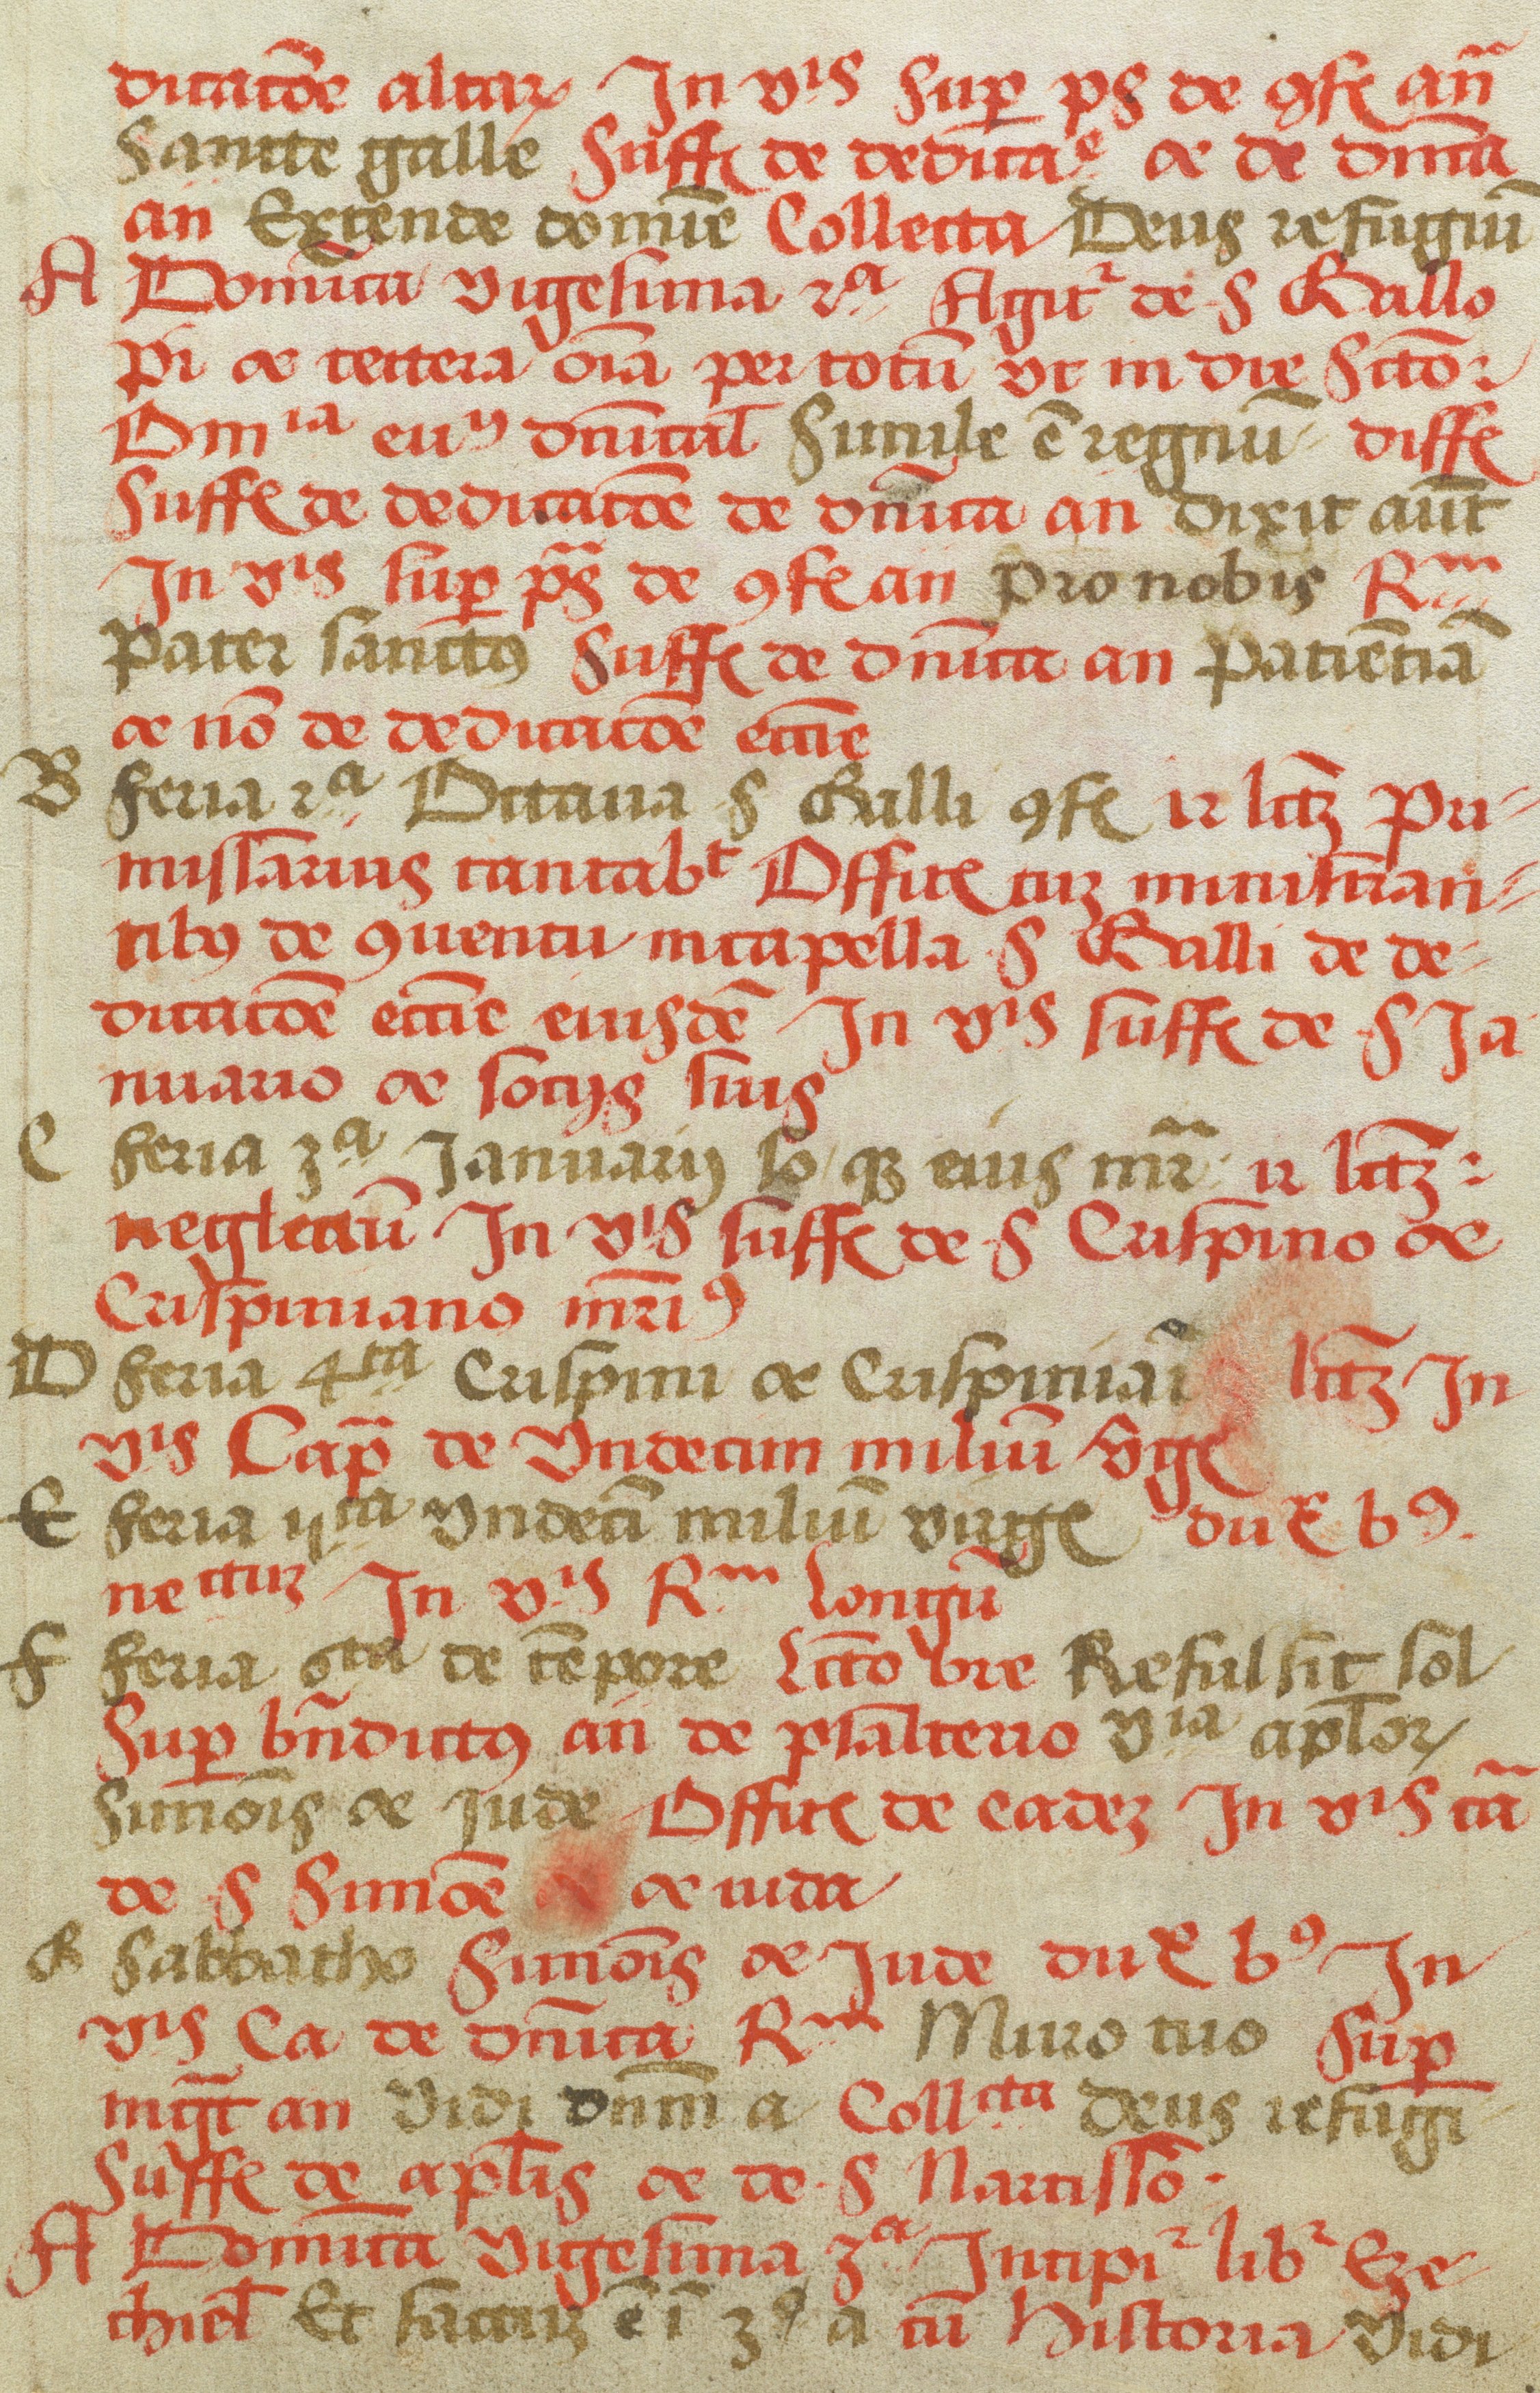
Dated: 1505–1535